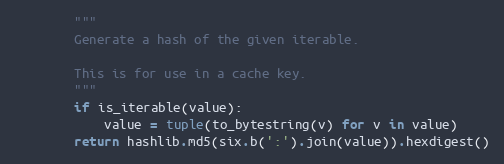
Language: Python
        """
        Generate a hash of the given iterable.

        This is for use in a cache key.
        """
        if is_iterable(value):
            value = tuple(to_bytestring(v) for v in value)
        return hashlib.md5(six.b(':').join(value)).hexdigest()